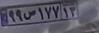
۹۹ص۱۷۷۱۳